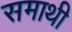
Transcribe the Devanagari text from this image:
समाथी